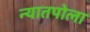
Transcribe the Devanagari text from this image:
न्यातपोला